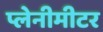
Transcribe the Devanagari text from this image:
प्लेनीमीटर